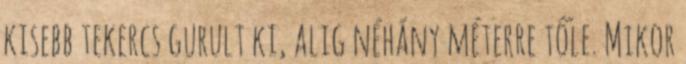
kisebb tekercs gurult ki, alig néhány méterre tőle. Mikor